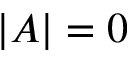
| A | = 0